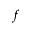
\boldsymbol { f }